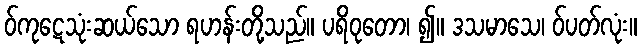
ဝ်ကုဋေသုံးဆယ်သော ရဟန်းတို့သည်။ ပရိဝုတော၊ ၍။ ဒသမာသေ၊ ဝ်ပတ်လုံး။